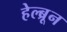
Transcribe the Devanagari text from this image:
हेल्ब्रून